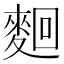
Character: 𪌦